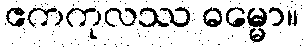
ဧကကုလဿ ဓမ္မော။